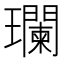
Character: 瓓